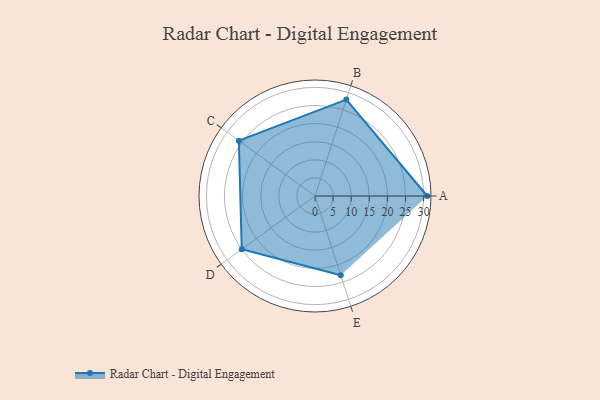
{"axis": {"x": "Skill", "y": "Score"}, "legend": ["Profile"], "data": [{"x": "A", "y": 31.0, "type": "Profile"}, {"x": "B", "y": 28.0, "type": "Profile"}, {"x": "C", "y": 26.0, "type": "Profile"}, {"x": "D", "y": 25.0, "type": "Profile"}, {"x": "E", "y": 23.0, "type": "Profile"}]}